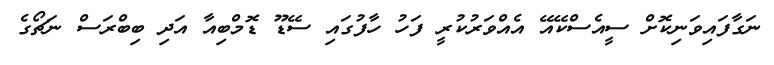
ނަގާފައިވަނިކޮށް ސީއެސްކޭއޭ އެއްވަރުކުރީ ފަހު ހާފުގައި ސޭޑޫ ޑޮމްބިއާ އަދި ބިބްރަސް ނަޗޯގެ